Indian journal of veterinary science and animal husbandry - Volumes 15-17, 1948-1951
Year: 1948
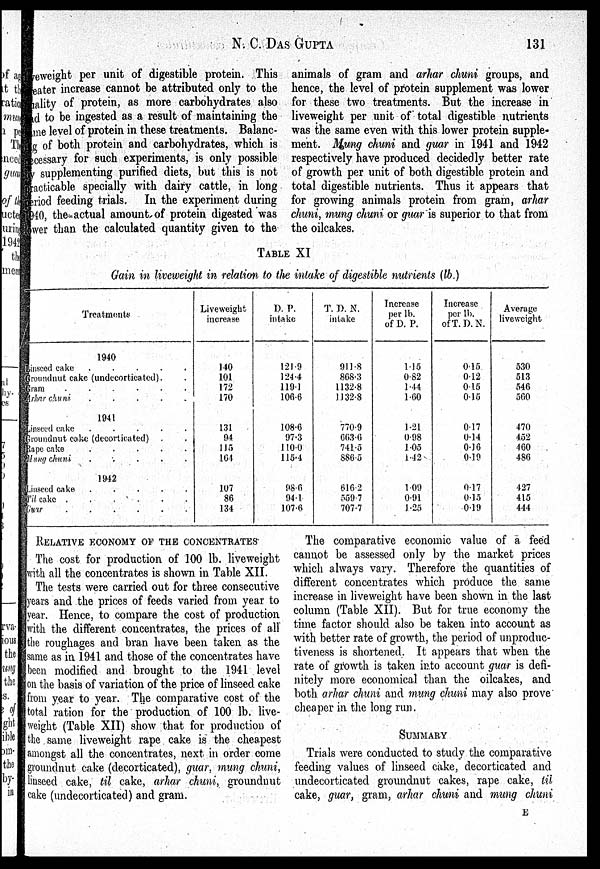
N. C.
DAS
GUPTA
131
liveweight per unit of digestible protein. This
eater increase cannot be attributed only to the
uality of protein, as more carbohydrates also
had to be ingested as a result of maintaining the
same level of protein in these treatments. Balanc¬
ing of both protein and carbohydrates, which is
necessary for such experiments, is only possible
by supplementing purified diets, but this is not
practicable specially with dairy cattle, in long
period feeding trials. In the experiment during
1940, the actual amount of protein digested was
lower than the calculated quantity given to the
animals of gram and arhar chuni groups, and
hence, the level of protein supplement was lower
for these two treatments. But the increase in
liveweight per unit of total digestible nutrients
was the same even with this lower protein supple-
ment. Mung chuni and guar in 1941 and 1942
respectively have produced decidedly better rate
of growth per unit of both digestible protein and
total digestible nutrients. Thus it appears that
for growing animals protein from gram, arhar
chuni, mung chuni or guar is superior to that from
the oilcakes.
TABLE XI
Gain in liveweight in relation to the intake of digestible nutrients (lb.)
Treatments
1940
Linseed cake
.
.
.
.
.
.
Groundnut cake (undecorticated) . .
Gram
.
.
.
.
.
.
Arhar chuni
.
.
.
.
.
1941
Linseed cake
.
.
.
.
.
Groundnut cake (decorticated) . .
Rape cake
.
.
.
.
.
Mung chuni
.
.
.
.
.
1942
Linseed cake
.
.
.
.
.
Til cake . . . . . .
Guar
.
.
.
.
.
.
Liveweight
increase
140
101
172
170
131
94
115
164
107
86
134
D. P.
intake
121.9
124.4
119.1
106.6
108.6
97.3
110.0
115.4
98.6
94.1
107.6
T. D. N.
intake
911.8
868.3
1132.8
1132.8
770.9
663.6
741.5
886.5
616.2
559.7
707.7
Increase
per lb.
of D. P.
1.15
0.82
1.44
1.60
1.21
0.98
1.05
1.42
1.09
0.91
1.25
Increase
per lb.
of T. D. N.
0.15
0.12
0.15
0.15
0.17
0.14
0.16
0.19
0.17
0.15
0.19
Average
liveweight
530
513
546
560
470
452
460
486
427
415
444
RELATIVE ECONOMY OF THE CONCENTRATES
The cost for production of 100 lb. liveweight
with all the concentrates is shown in Table XII.
The tests were carried out for three consecutive
years and the prices of feeds varied from year to
year. Hence, to compare the cost of production
with the different concentrates, the prices of all
the roughages and bran have been taken as the
same as in 1941 and those of the concentrates have
been modified and brought to the 1941 level
on the basis of variation of the price of linseed cake
from year to year. The comparative cost of the
total ration for the production of 100 lb. live-
weight (Table XII) show that for production of
the same liveweight rape cake is the cheapest
amongst all the concentrates, next in order come
groundnut cake (decorticated), guar, mung chuni,
linseed cake, til cake, arhar chuni, groundnut
cake (undecorticated) and gram.
The comparative economic value of a feed
cannot be assessed only by the market prices
which always vary. Therefore the quantities of
different concentrates which produce the same
increase in liveweight have been shown in the last
column (Table XII). But for true economy the
time factor should also be taken into account as
with better rate of growth, the period of unproduc-
tiveness is shortened. It appears that when the
rate of growth is taken into account guar is defi-
nitely more economical than the oilcakes, and
both arhar chuni and mung chuni may also prove
cheaper in the long run.
SUMMARY
Trials were conducted to study the comparative
feeding values of linseed cake, decorticated and
undecorticated groundnut cakes, rape cake, til
cake, guar, gram, arhar chuni and mung chuni
E